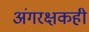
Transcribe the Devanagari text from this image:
अंगरक्षकही